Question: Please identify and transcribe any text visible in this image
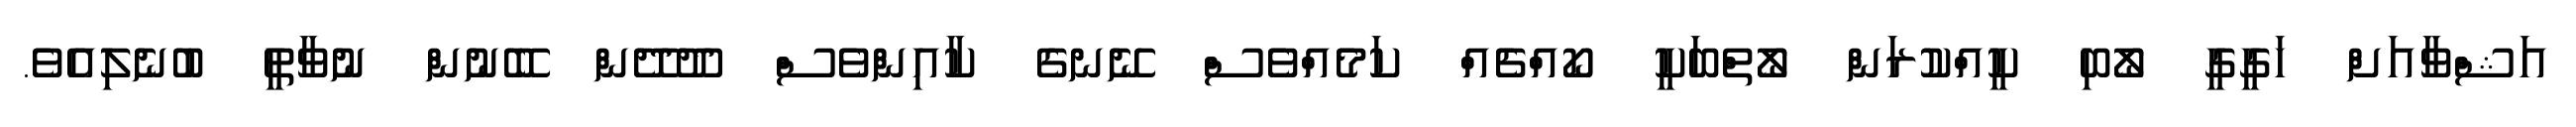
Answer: އަޝްވާއަށް ހަގީގީ ލޯބި ކީއްކުރަން ލޯތްބަކީ ކޯއްޗެއް ކަމެއްވެސް ނޭނގެ ކާއިންވެސް ދޫދޭން ބޭނުން ނުވާތީ ބުނެލިއެވެ.